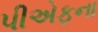
પીએફના